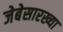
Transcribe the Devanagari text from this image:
जेबेसारख्या